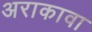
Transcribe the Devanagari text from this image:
अराकावा